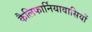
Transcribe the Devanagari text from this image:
कैलिफार्नियावासियों